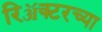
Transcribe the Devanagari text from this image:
रिॲक्टरच्या